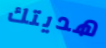
هديتك